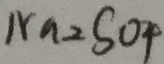
N a _ { 2 } S O _ { 4 }